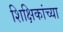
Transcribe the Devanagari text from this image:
शिक्षिकांच्या